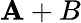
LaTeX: \mathbf{A}+B